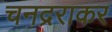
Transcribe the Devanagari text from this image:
चनद्रराकर